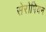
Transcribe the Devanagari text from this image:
सेरोपियन